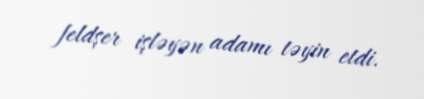
feldşer işləyən adamı təyin etdi.